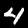
Label: 4